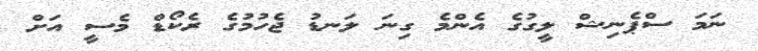
ނަމަ ސްޕެނިޝް ލީގުގެ އެންމެ ގިނަ ލަނޑު ޖެހުމުގެ ރެކޯޑް މެސީ އަށް